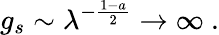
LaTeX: g_{s}\sim\lambda^{-{\frac{1-a}{2}}}\to\infty\ .